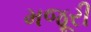
મજૂરી